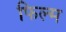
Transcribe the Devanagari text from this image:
फिल्म